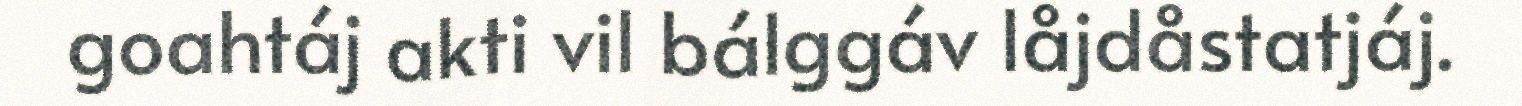
goahtáj akti vil bálggáv låjdåstatjáj.